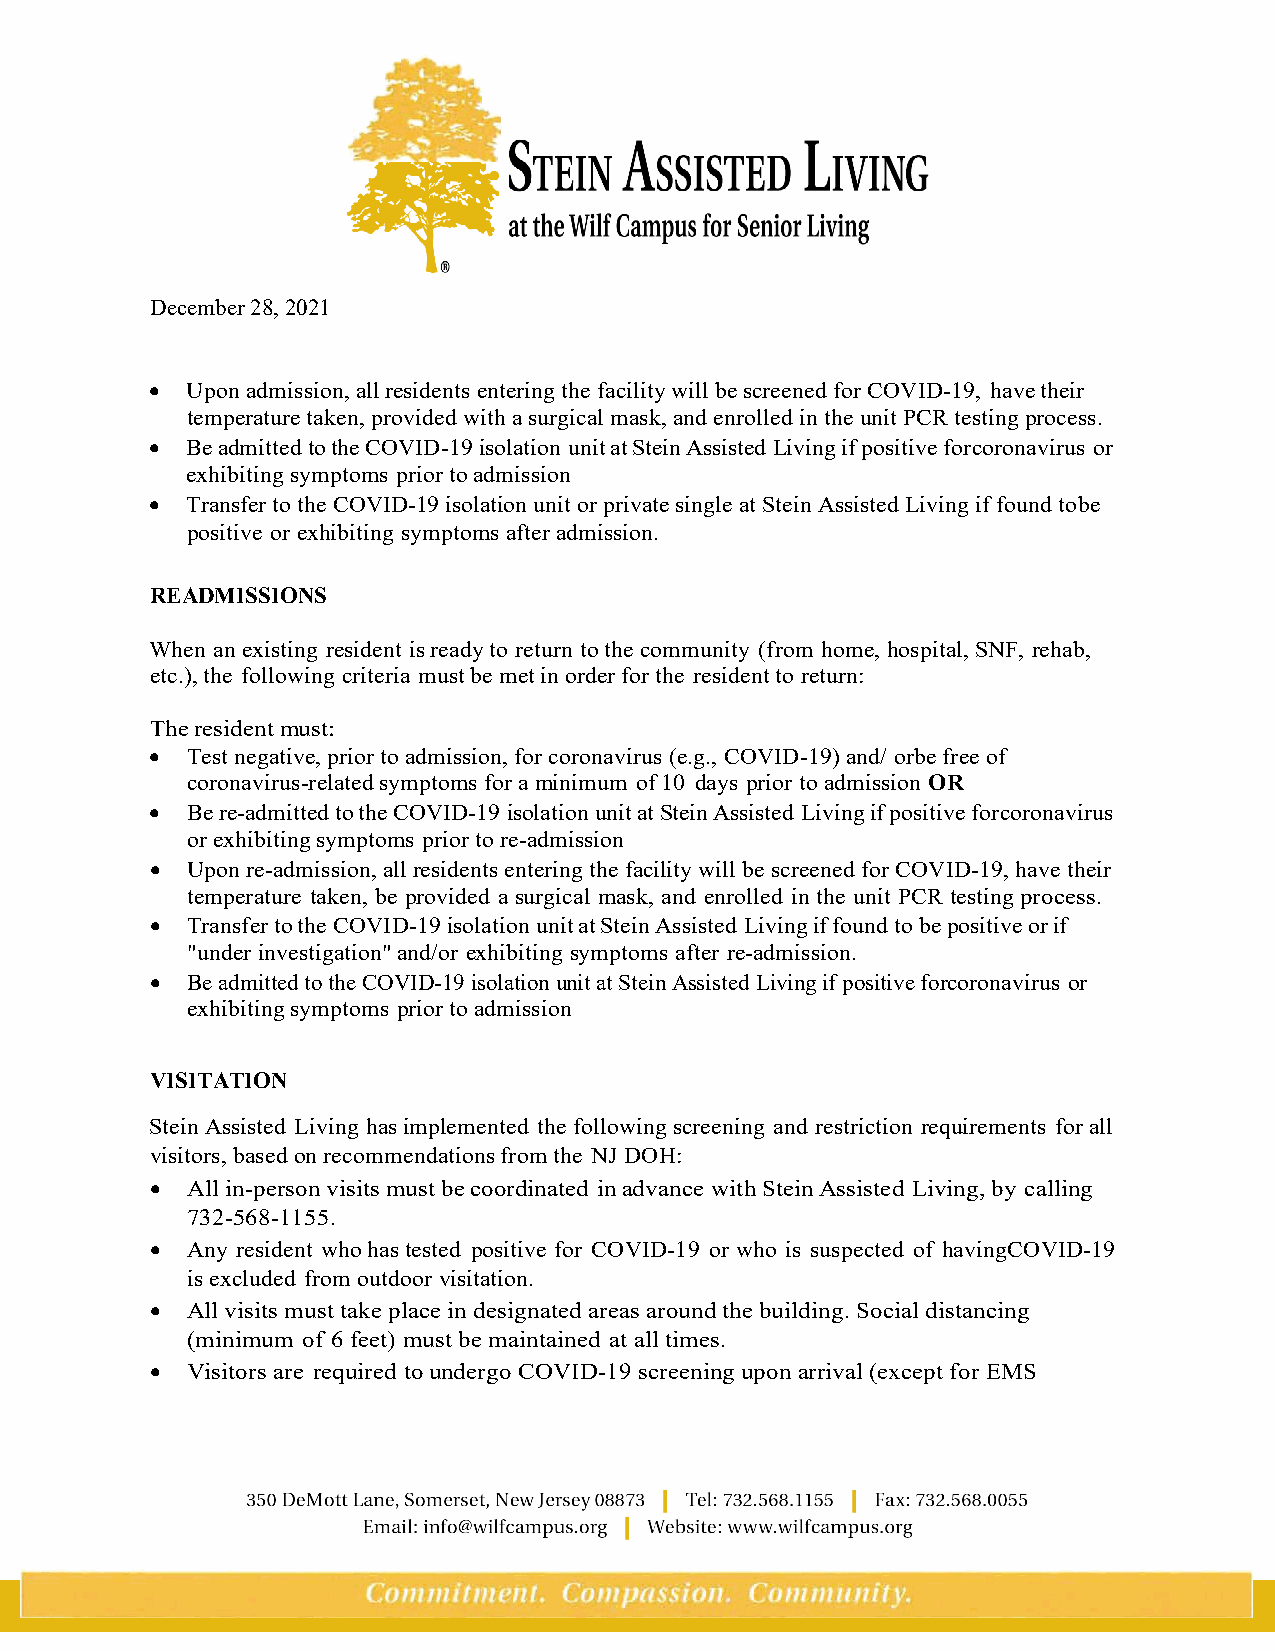
December 28, 2021
 • Upon admission, all residents entering the facility will be screened for COVID-19, have their
 temperature taken, provided with a surgical mask, and enrolled in the unit PCR testing process.
 • Be admitted to the COVID-19 isolation unit at Stein Assisted Living if positive for coronavirus or
 exhibiting symptoms prior to admission
 • Transfer to the COVID-19 isolation unit or private single at Stein Assisted Living if found to be
 positive or exhibiting symptoms after admission.
 READMISSIONS
 When an existing resident is ready to return to the community (from home, hospital, SNF, rehab,
 etc.), the following criteria must be met in order for the resident to return:
 The resident must:
 • Test negative, prior to admission, for coronavirus (e.g., COVID-19) and/ orbe free of
 coronavirus-related symptoms for a minimum of 10 days prior to admission OR
 • Be re-admitted to the COVID-19 isolation unit at Stein Assisted Living if positive for coronavirus
 or exhibiting symptoms prior to re-admission
 • Upon re-admission, all residents entering the facility will be screened for COVID-19, have their
 temperature taken, be provided a surgical mask, and enrolled in the unit PCR testing process.
 • Transfer to the COVID-19 isolation unit at Stein Assisted Living if found to be positive or if
 "under investigation" and/or exhibiting symptoms after re-admission.
 • Be admitted to the COVID-19 isolation unit at Stein Assisted Living if positive forc oronavirus or
 exhibiting symptoms prior to admission
 VISITATION
 Stein Assisted Living has implemented the following screening and restriction requirements for all
 visitors, based on recommendations from the NJ DOH:
 • All in-person visits must be coordinated in advance with Stein Assisted Living, by calling
 732-568-1155.
 • Any resident who has tested positive for COVID-19 or who is suspected of having COVID-19
 is excluded from outdoor visitation.
 • All visits must take place in designated areas around the building. Social distancing
 (minimum of 6 feet) must be maintained at all times.
 • Visitors are required to undergo COVID-19 screening upon arrival (except for EMS